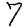
Digit: 7